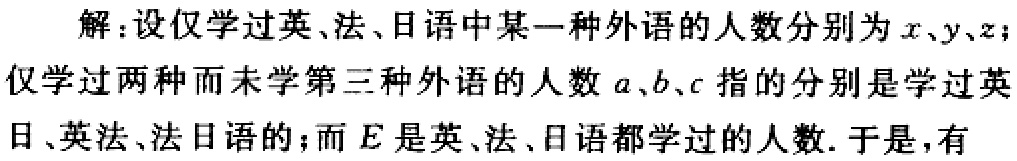
解：设仅学过英、法、日语中某一种外语的人数分别为\(x\)、\(y\)、\(z\)；仅学过两种而未学第三种外语的人数\(a\)、\(b\)、\(c\)指的分别是学过英日、英法、法日语的；而\(E\)是英、法、日语都学过的人数. 于是，有